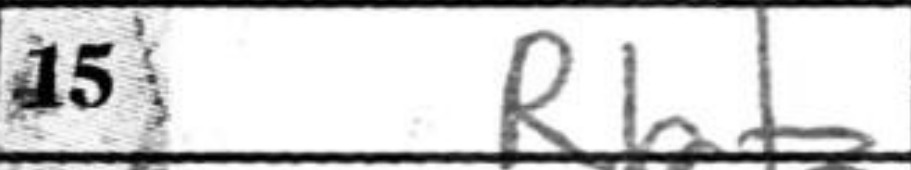
Transcription: Rb1